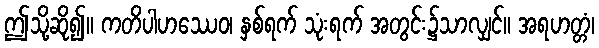
ဤသို့ဆို၍။ ကတိပါဟဿေဝ၊ နှစ်ရက် သုံးရက် အတွင်း၌သာလျှင်။ အရဟတ္တံ၊